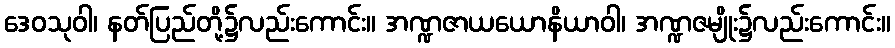
ဒေဝသုဝါ၊ နတ်ပြည်တို့၌လည်းကောင်း။ အဏ္ဍဇာယယောနိယာဝါ၊ အဏ္ဍဇမျိုး၌လည်းကောင်း။